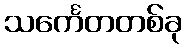
သင်္ကေတတစ်ခု